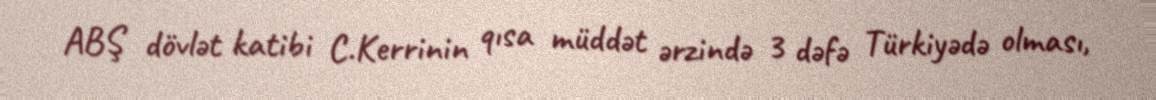
ABŞ dövlət katibi C.Kerrinin qısa müddət ərzində 3 dəfə Türkiyədə olması,